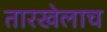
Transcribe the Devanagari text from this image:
तारखेलाच